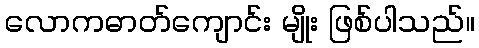
လောကဓာတ်ကျောင်း မျိုး ဖြစ်ပါသည်။